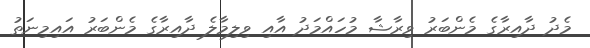
މެދު ދާއިރާގެ މެންބަރު ވިރާޝާ މުހައްމަދު އާއި ވިލިމާލެ ދާއިރާގެ މެންބަރު އައިމިނަތު